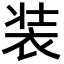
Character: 装